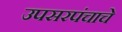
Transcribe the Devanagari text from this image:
उपसरपंचाचे